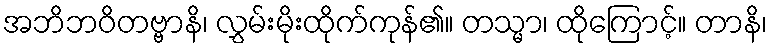
အဘိဘဝိတဗ္ဗာနိ၊ လွှမ်းမိုးထိုက်ကုန်၏။ တသ္မာ၊ ထိုကြောင့်။ တာနိ၊